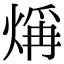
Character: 𤌁